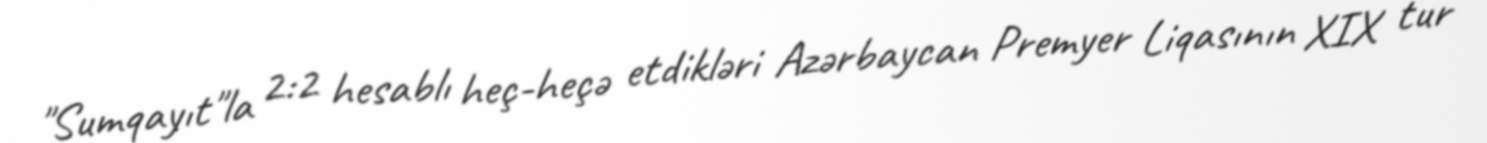
"Sumqayıt"la 2:2 hesablı heç-heçə etdikləri Azərbaycan Premyer Liqasının XIX tur